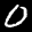
Label: 0